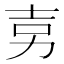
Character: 㔛